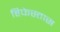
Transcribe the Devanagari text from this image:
हिफेस्तास